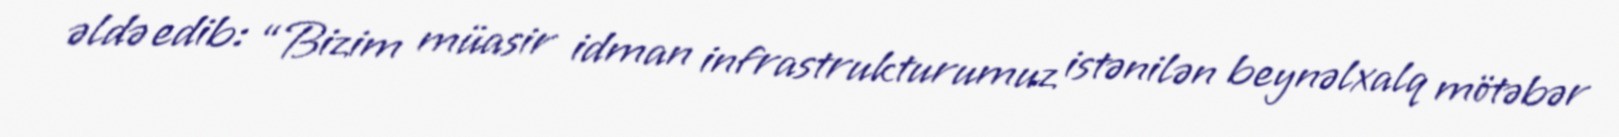
əldə edib: “Bizim müasir idman infrastrukturumuz istənilən beynəlxalq mötəbər